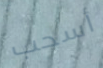
أسحب